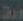
ورق